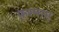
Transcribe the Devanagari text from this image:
फ़रमाए